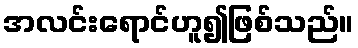
အလင်းရောင်ဟူ၍ဖြစ်သည်။